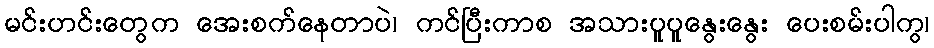
မင်းဟင်းတွေက အေးစက်နေတာပဲ၊ ကင်ပြီးကာစ အသားပူပူနွေးနွေး ပေးစမ်းပါကွ၊